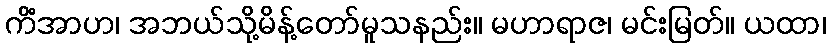
ကိံအာဟ၊ အဘယ်သို့မိန့်တော်မူသနည်း။ မဟာရာဇ၊ မင်းမြတ်။ ယထာ၊